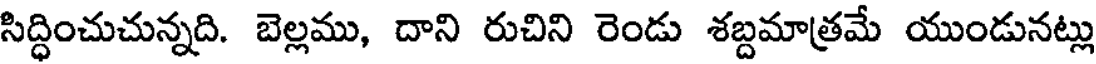
సిద్ధించుచున్నది. బెల్లము, దాని రుచిని రెండు శబ్దమాత్రమే యుండునట్లు